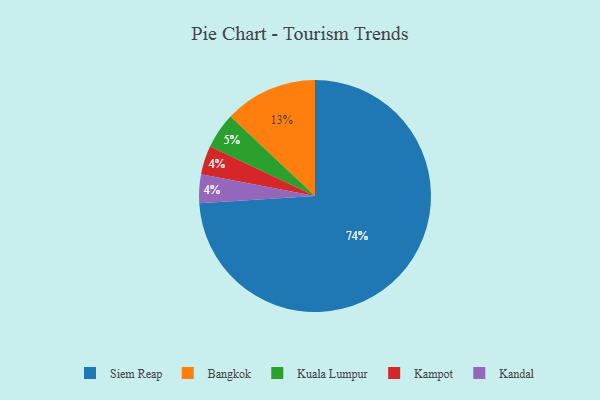
{"axis": {"x": "Category", "y": "Percentage"}, "legend": ["Bangkok", "Kampot", "Kandal", "Kuala Lumpur", "Siem Reap"], "data": [{"x": "Kuala Lumpur", "y": 5, "type": "Kuala Lumpur"}, {"x": "Kampot", "y": 4, "type": "Kampot"}, {"x": "Siem Reap", "y": 74, "type": "Siem Reap"}, {"x": "Bangkok", "y": 13, "type": "Bangkok"}, {"x": "Kandal", "y": 4, "type": "Kandal"}]}